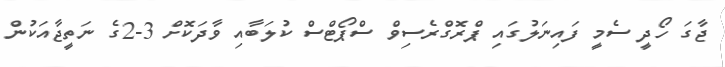
ޖާގަ ހޯދީ ސެމީ ފައިނަލުގައި ޕްރޮގްރެސިވް ސްޕޯޓްސް ކުލަބާއި ވާދަކޮށް 3-2ގެ ނަތީޖާއަކުން